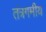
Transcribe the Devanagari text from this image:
तंत्रगमीय